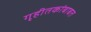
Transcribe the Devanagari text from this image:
गृहीतकांबाबत